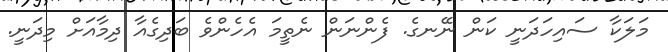
މަލަކާ ސައިހަދަނީ ކަން ނޭނގެ. ފެންނަން ނެތީމަ އެހެންވެ ބަދިގެއާ ދިމާއަށް މިދަނީ.